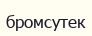
бромсутек